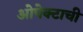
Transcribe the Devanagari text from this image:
ओपेक्टाची